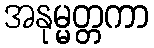
အနုမ္မတ္တကာ